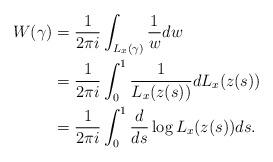
LaTeX: \begin{align*}W(\gamma)&=\frac{1}{2\pi i}\int_{L_x(\gamma)}\frac{1}{w}dw\\&=\frac{1}{2\pi i}\int_{0}^1\frac{1}{L_x(z(s))}dL_x(z(s))\\&=\frac{1}{2\pi i}\int_{0}^1\frac{d}{ds}\log L_x(z(s))ds.\end{align*}